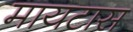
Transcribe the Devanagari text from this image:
मायटास